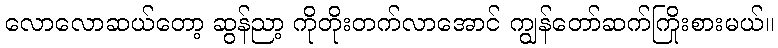
လောလောဆယ်တော့ ဆွန်ညာ့ ကိုတိုးတက်လာအောင် ကျွန်တော်ဆက်ကြိုးစားမယ်။